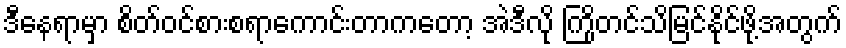
ဒီနေရာမှာ စိတ်ဝင်စားစရာကောင်းတာကတော့ အဲဒီလို ကြိုတင်သိမြင်နိုင်ဖို့အတွက်